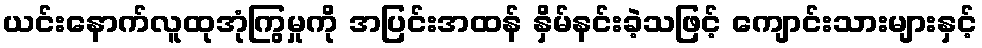
ယင်းနောက်လူထုအုံကြွမှုကို အပြင်းအထန် နှိမ်နင်းခဲ့သဖြင့် ကျောင်းသားများနှင့်